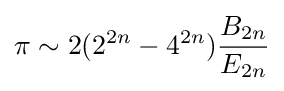
\pi \sim 2(2^{2n}-4^{2n}){\frac {B_{2n}}{E_{2n}}}